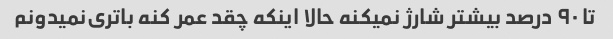
تا ۹۰ درصد بیشتر شارژ نمیکنه حالا اینکه چقد عمر کنه باتری‌نمیدونم